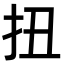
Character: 扭